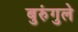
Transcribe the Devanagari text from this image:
बुरुंगुले